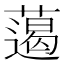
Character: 𱾨